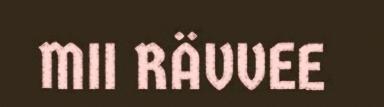
MII RÄVVEE